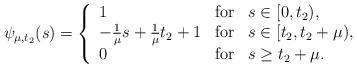
LaTeX: \begin{align*}\psi_{\mu,t_2}(s)=\left\{\begin{array}{lcl}1&{\rm for}&s\in[0,t_2),\\-\frac{1}{\mu}s+\frac{1}{\mu}t_2+1&{\rm for}&s\in[t_2, t_2+\mu),\\0&{\rm for}&s\ge t_2+\mu.\end{array}\right.\end{align*}